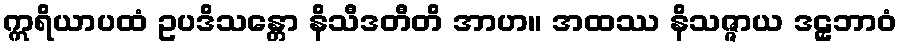
ဣရိယာပထံ ဥပဒိသန္တော နိသီဒတီတိ အာဟ။ အထဿ နိသဇ္ဇာယ ဒဠှဘာဝံ